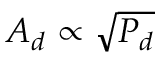
A _ { d } \propto \sqrt { P _ { d } }